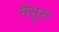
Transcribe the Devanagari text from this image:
मैसूरु